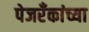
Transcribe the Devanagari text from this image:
पेजरँकांच्या